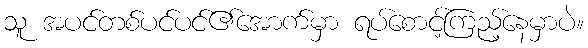
သူ အပင်တစ်ပင်ပင်၏အောက်မှာ ရပ်စောင့်ကြည့်နေမှာပဲ။